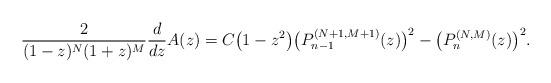
LaTeX: \begin{gather*} \frac{2}{(1-z) ^{N}(1+z) ^{M}}\frac{d}{dz}A( z) =C\big( 1-z^{2}\big) \big( P_{n-1}^{(N+1,M+1) }(z) \big) ^{2}-\big( P_{n}^{(N,M) } ( z ) \big) ^{2}. \end{gather*}